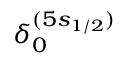
\delta _ { 0 } ^ { ( 5 s _ { 1 / 2 } ) }